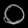
Digit: ၀